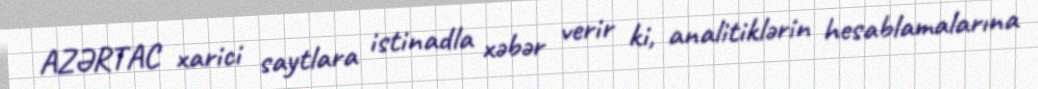
AZƏRTAC xarici saytlara istinadla xəbər verir ki, analitiklərin hesablamalarına